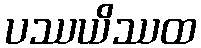
ပဿယိဿထ